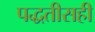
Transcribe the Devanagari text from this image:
पद्धतीसही